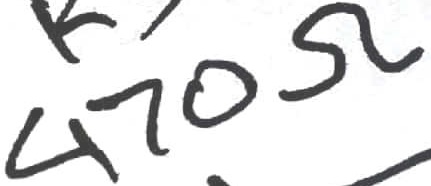
Text: 470Ω